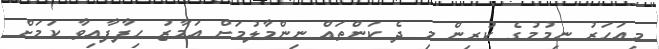
މިއަހަރު ނިމުމުގެ ކުރިން މި ދެ ކަންތައް ނިންމާލުމަށް އަމާޒު ހިފާފާއިވާ ކަމަށް